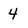
Character: 4